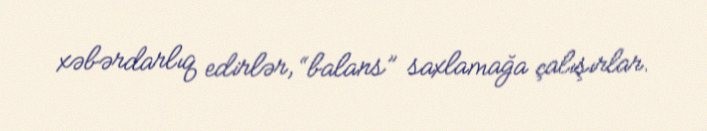
xəbərdarlıq edirlər, “balans” saxlamağa çalışırlar.